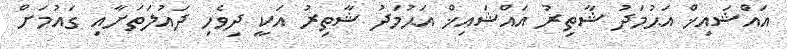
އައްޝައިޚް އަޙުމަދު ޝާތިރު އައްޝައިޚް އަޙުމަދު ޝާތިރު އަކީ ދިވެހި ދައުލަތަށާއި ގައުމަށް